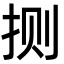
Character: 𫼤